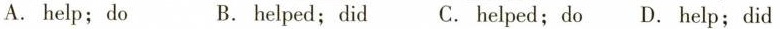
A.help;do B.helped;did C. helped;do D. help;did